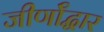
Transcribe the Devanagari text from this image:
जीर्णॉद्धार